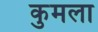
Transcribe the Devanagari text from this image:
कुमला